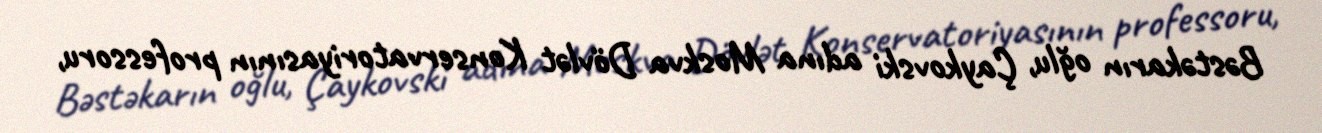
Bəstəkarın oğlu, Çaykovski adına Moskva Dövlət Konservatoriyasının professoru,